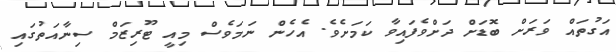
އަގުތައް ވަރަށް ބޮޑަށް ދަށްވެފައިވާ ކަމަށެވެ. އެހެން ނަމަވެސް މިއީ ޓޫރިޒަމް ސިނާއަތުގައި